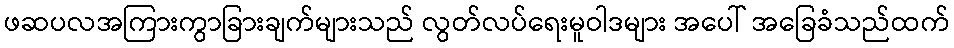
ဖဆပလအကြားကွာခြားချက်များသည် လွတ်လပ်ရေးမူဝါဒများ အပေါ် အခြေခံသည်ထက်